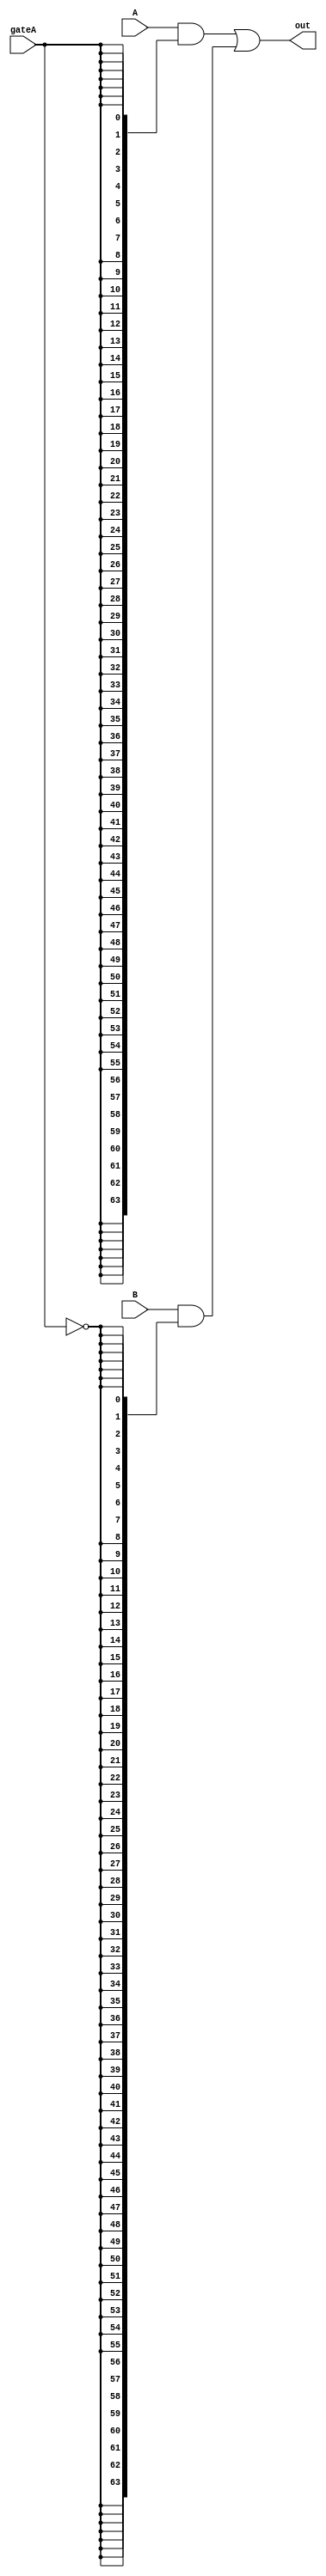
module gate(
    input [63:0] A,
    input [63:0] B,
    input gateA,
    output [63:0] out);
    wire [63:0] A1;
    wire [63:0] B2;
    assign A1 = A & {64{gateA}};
    assign B2 = B & {64{~gateA}};
    assign out = A1 | B2;
endmodule
module SHIFTERRIGHT(
    input [63:0] A,
    input [63:0] B,
    output [63:0] C
);
    wire [63:0] A1,A2;
    assign A1 = ~A;
    assign A2 = A1 >> B;
    assign C = ~A2;
endmodule
module SHIFTERLEFT(
    input [63:0] A,
    input [63:0] B,
    output [63:0] C
);
    wire [63:0] A1,A2;

    assign A1 = ~A;
    assign A2 = A1 << B;

    assign C = ~A2;
endmodule




module full_adder(x,y,c_in,s,c_out);
    input x,y,c_in;
    output s,c_out;
    assign s = (x^y) ^ c_in;
    assign c_out = (y&c_in)| (x&y) | (x&c_in);
endmodule

module ADDER32 (
    input  [63:0] a,     // First 64-bit input
    input  [63:0] b, 
    input sub,    // Second 64-bit input
    output [63:0] sum  ,
    output [63:0] sum2  // 64-bit sum output
      // Carry-out bit
);
    
    
    wire carry;
    assign {carry, sum} = a + ( b ^ {64{sub}}); // Perform the addition and assign the result to sum and carry
    assign sum2 = sum;
endmodule

module LOAD(
    input [63:0] A,
    input [31:0] value,
    input highlow,
    output [63:0] C
);
    wire [63:0] HIGH;
    wire invhigh;
    not(invhigh,highlow);

    assign HIGH = {64{highlow}};
    


    assign C = {A[63:32],value} & ~HIGH | {value,A[31:0]} & HIGH ;




endmodule
module ALU (
    input clock,
    input [63:0] A,
    input [63:0] B,
    input [63:0] reg8,
    input [31:0] value,
    input highlow,
    input F1,
    input F2,
    inout F3,
    input [5:0] instr,
    output [63:0] C,
    output addrch,
    output [63:0] naddr
);
    wire [63:0] co = {64{1'sd0}};
    wire [63:0] C1;
    wire [63:0] C2;
    wire subtract =(instr == 1);
    ADDER32 addermaster(A,B,subtract,C1,C2);
   
    wire [63:0] C3;
    SHIFTERLEFT shifterlinks(A,B,C3);
    wire [63:0] C4;
    SHIFTERRIGHT shifterrecht(A,B,C4);
    wire [63:0] C5;
    LOAD truck(A,value,highlow,C5);
    wire g = instr == 0;
    wire [63:0] oc1;
    gate gate1(C1,co,g,oc1);
    wire g1 = instr == 1;
    wire [63:0] oc2;
    gate gate2(C2,co,g1,oc2);
    wire g2 = instr == 2;
    wire [63:0] oc3;
    gate gate3(C3,co,g2,oc3);
    wire g3 = instr == 3;
    wire [63:0] oc4;
    gate gate4(C4,co,g3,oc4);
    wire [63:0] oc5;
    wire g4 = (instr == 7 | instr == 4 | instr == 6);
    gate gate5(A,co,g4,oc5);
    wire [63:0] oc6;
    wire g5 = (instr == 5);
    gate gate6(C5,co,g5,oc6);
    
    wire [63:0] tempc = (((oc1 | oc2) | (oc3 | oc4)) | (oc5 | oc6));
    assign C = (tempc);
    wire F8 = (A == B) & (instr == 8);
    wire F9 = (A < B) & (instr == 9);
    wire F10 = (A > B) & (instr == 10);
    wire F11 = (~F1) & (instr == 11);
    wire F12 = (F1 & F2) & (instr == 12);
    wire F13 = (F1) & (instr == 13);
    assign naddr = (reg8 & ((({64{instr == 14}}) |{64{(instr == 15 & F1)}}) | {64{(instr == 6)}} | {64{(instr == 7)}}));
    assign addrch = (((instr == 14) | instr == 15) & F1);
        
    assign F3 = ((F8 | F9) | (F10 | F11)) | (F12 | F13);
                    
                                                      
                                                      
                                                      
    
    





endmodule



 // full_adder